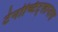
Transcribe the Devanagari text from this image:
टेनोच्टिट्लानास